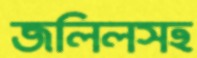
জলিলসহ